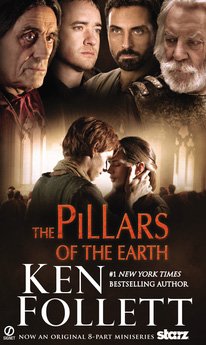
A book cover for The Pillars of the Earth; Ken Follett; Mystery, Thriller & Suspense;